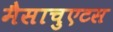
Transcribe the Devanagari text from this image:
मैसाचुएटस